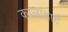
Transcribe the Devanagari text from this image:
कालाहार्ट